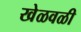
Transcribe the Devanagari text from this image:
खेळवळी